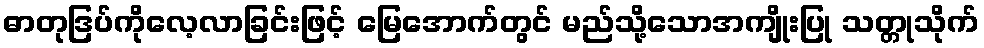
ဓာတုဒြပ်ကိုလေ့လာခြင်းဖြင့် မြေအောက်တွင် မည်သို့သောအကျိုးပြု သတ္တုသိုက်